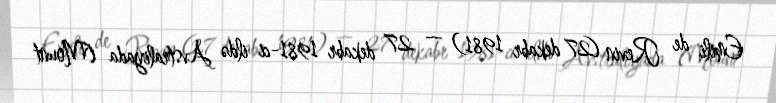
Emili de Revin (27 dekabr 1981) — 27 dekabr 1981-ci ildə Avstraliyada (Mount